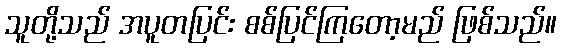
သူတို့သည် အပူတပြင်း စစ်ပြင်ကြတော့မည် ဖြစ်သည်။